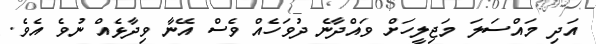
އަދި މައްސަލަ މަޖިލީހަށް ވައްދާނެ ދުވަހެއް ވެސް އޭނާ ވިދާޅެއް ނުވެ އެވެ.